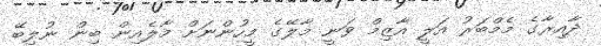
ދާއިރާގެ މެމްބަރު އަލީ އާޒިމް ވަނީ މާލޭގެ މީހުންނަށް މާލެއިން ބިން ނުލިބޭ